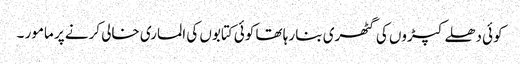
کوئی دھلے کپڑوں کی گٹھری بنا رہا تھا کوئی کتابوں کی الماری خالی کرنے پر مامور ۔